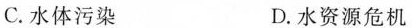
C. 水体污染 D. 水资源危机